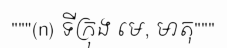
"""(n) ទីក្រុង មេ, មាតុ"""